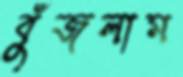
বুঁজলাম